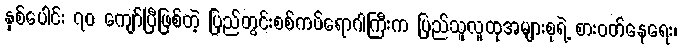
နှစ်ပေါင်း ၇၀ ကျော်ပြီဖြစ်တဲ့ ပြည်တွင်းစစ်ကပ်ရောဂါကြီးက ပြည်သူလူထုအများစုရဲ့ စားဝတ်နေရေး၊